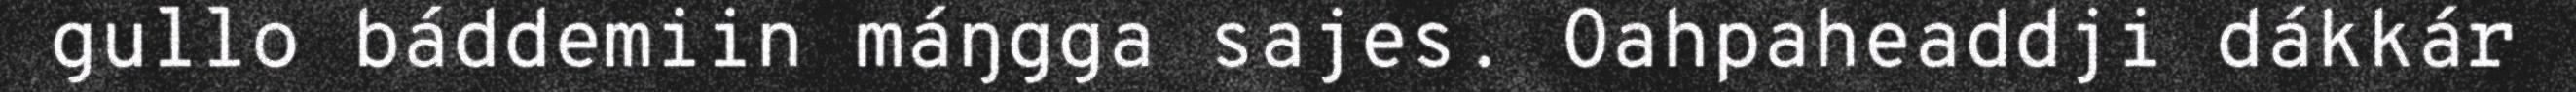
gullo báddemiin máŋgga sajes. Oahpaheaddji dákkár